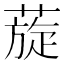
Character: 蔙